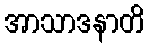
အာသာဒနာတိ